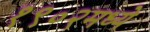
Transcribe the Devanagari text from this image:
१९०२मध्ये